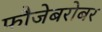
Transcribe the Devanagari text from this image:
फौजेबरोबर